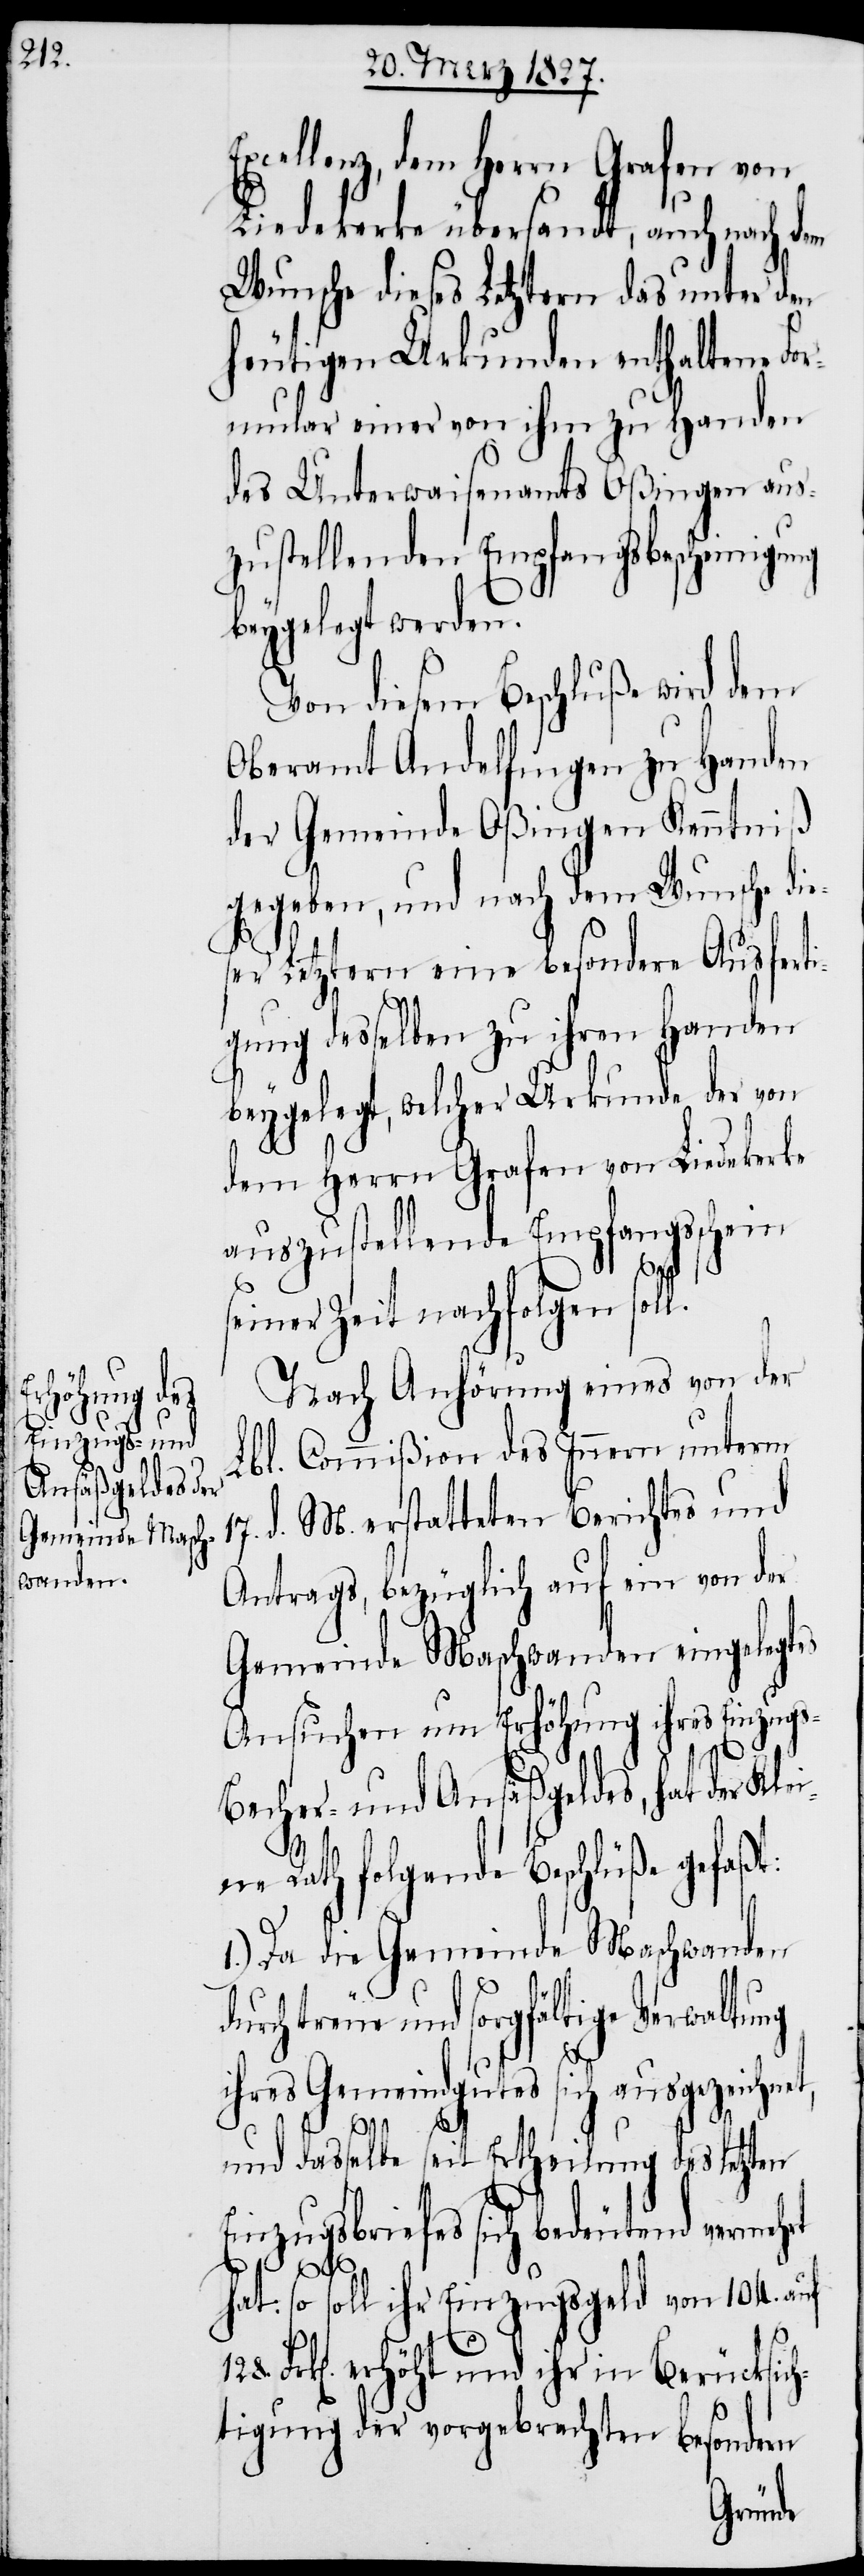
Excellenz, dem Herrn Grafen von
Liedekerke übersandt, auch nach dem
Wunsche dieses Letztern das unter den
heutigen Urkunden enthaltene For¬
mular einer von ihm zu Handen
des Unterwaisenamts Oßingen aus¬
zustellenden Empfangsbescheinigu¬
beygelegt werden.
Von diesem Beschluße wird dem
Oberamt Andelfingen zu Handen
der Gemeinde Oßingen Kenntniß
gegeben, und nach dem Wunsche die¬
ser Letztern eine besondere Ausferti¬
gung desselben zu ihren Handen
beygelegt, welcher Urkunde der von
dem Herrn Grafen von Liedekerke
auszustellende Empfangsschein
ng
seiner Zeit nachfolgen sol¬
Nach Anhörung eines von der
Lbl. Commißion des Innern unterm
17. d. M. erstatteten Berichtes und
Antrags, bezüglich auf ein von der
Gemeinde Maschwanden eingelegtes
Ansuchen um Erhöhung ihres Einzugs-
Becher- und Ansäßengeldes, hat der
Kle¬
ine Rath folgende Beschlüße gefaßt:
1.) Da die Gemeinde Maschwanden
treue und sorgfältige Verwaltung
ihres Gemeindgutes sich ausgezeich¬
rt
128.
und dasselbe seit Ertheilung des letzten
Einzugsbriefes sich bedeutend vermeh¬
hat: so soll ihr Einzugsgeld von 104. auf
Frk[en]. erhöht und ihr in Berücksich¬
tigung der vorgebrachten besondern